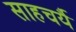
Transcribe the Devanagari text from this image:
साहचर्यै